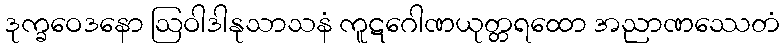
ဒုက္ခဝေဒနော ဩဝါဒါနုသာသနံ ကူဋဂေါဏယုတ္တရထော အညာဏဿေတံ